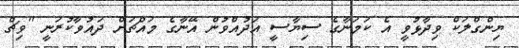
ޔިންގްލަކް ވިދާޅުވީ އެ ކަމަނާގެ ސިޔާސީ އަދުއްވުން އޭނާގެ މައްޗަށް ދައުވާކުރަނީ "ވިޗް